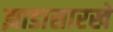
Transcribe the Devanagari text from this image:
झाडासारखे